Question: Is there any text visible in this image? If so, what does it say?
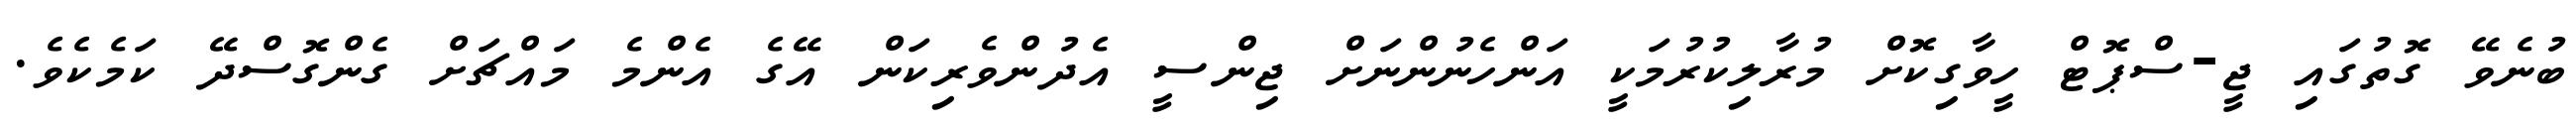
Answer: ބުނެވޭ ގޮތުގައި ޖީ-ސްޕޮޓް ހީވާގިކޮށް މުރާލިކުރުމަކީ އަންހެނުންނަށް ޖިންސީ އެދުންވެރިކަން އޭގެ އެންމެ މައްޗަށް ގެންގޮސްދޭ ކަމެކެވެ.